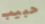
حبيب